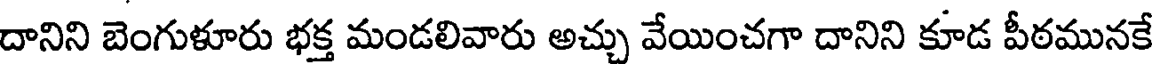
దానిని బెంగుళూరు భక్త మండలివారు అచ్చు వేయించగా దానిని కూడ పీఠమునకే